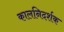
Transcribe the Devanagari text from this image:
कालनिदर्शक